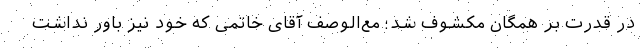
در قدرت بر همگان مکشوف شد؛ مع‌الوصف آقای خاتمی که خود نیز باور نداشت